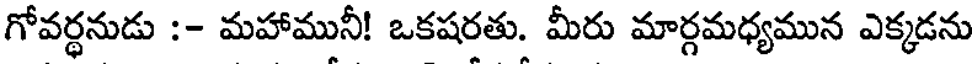
గోవర్థనుడు :- మహామునీ! ఒకషరతు. మీరు మార్గమధ్యమున ఎక్కడను